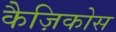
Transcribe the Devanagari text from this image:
कैज़िकोस